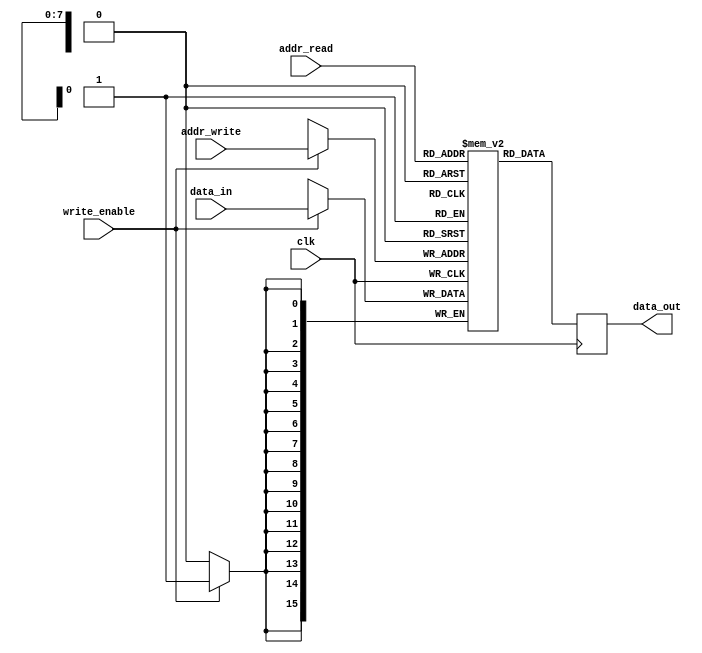
module dual_port_ram (
    input wire clk,
    input wire [ADDR_WIDTH-1:0] addr_read,
    input wire [ADDR_WIDTH-1:0] addr_write,
    input wire [DATA_WIDTH-1:0] data_in,
    input wire write_enable,
    output reg [DATA_WIDTH-1:0] data_out
);

parameter ADDR_WIDTH = 8;
parameter DATA_WIDTH = 16;
parameter DEPTH = 2**ADDR_WIDTH;

reg [DATA_WIDTH-1:0] mem [DEPTH-1:0];

always @(posedge clk) begin
    if (write_enable) begin
        mem[addr_write] <= data_in;
    end
    
    data_out <= mem[addr_read];
end

endmodule